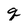
Character: q